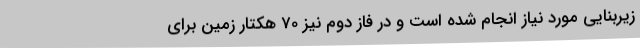
زیربنایی مورد نیاز انجام شده است و در فاز دوم نیز 70 هکتار زمین برای